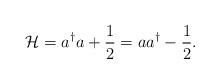
LaTeX: \begin{align*} \mathcal{H}_{} = a^{\dagger}a+\frac{1}{2} = aa^{\dagger}-\frac{1}{2}.\end{align*}